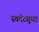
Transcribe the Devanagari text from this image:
स्कॉटसुध्दा